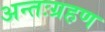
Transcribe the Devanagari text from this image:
अन्तःग्रहण